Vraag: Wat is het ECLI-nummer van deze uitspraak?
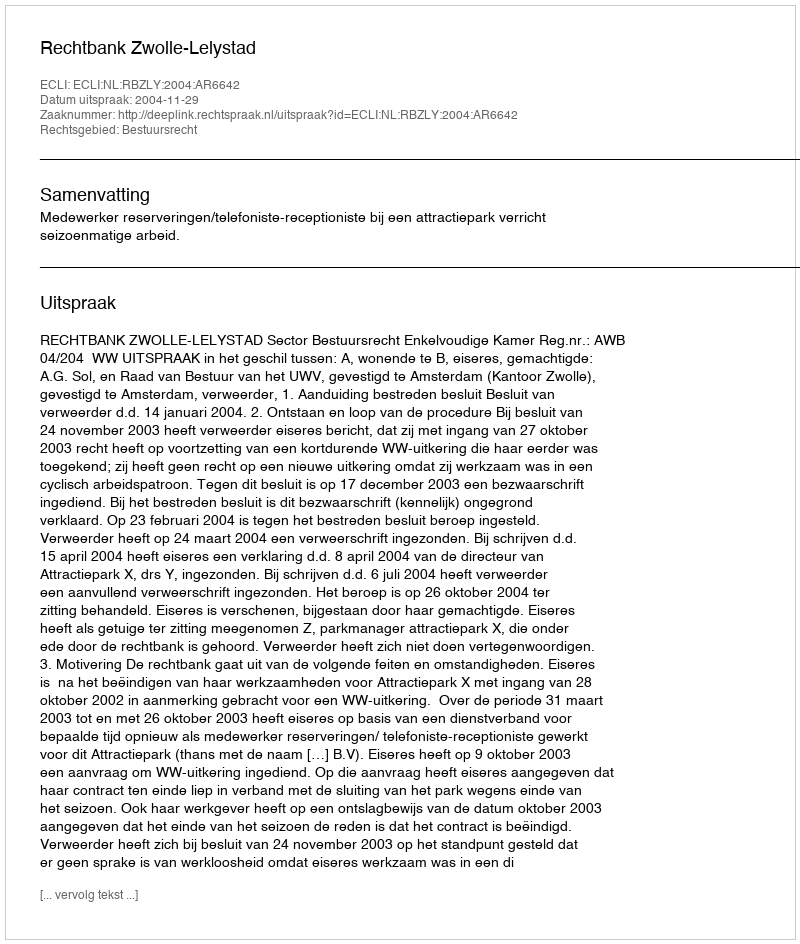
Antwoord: ECLI:NL:RBZLY:2004:AR6642